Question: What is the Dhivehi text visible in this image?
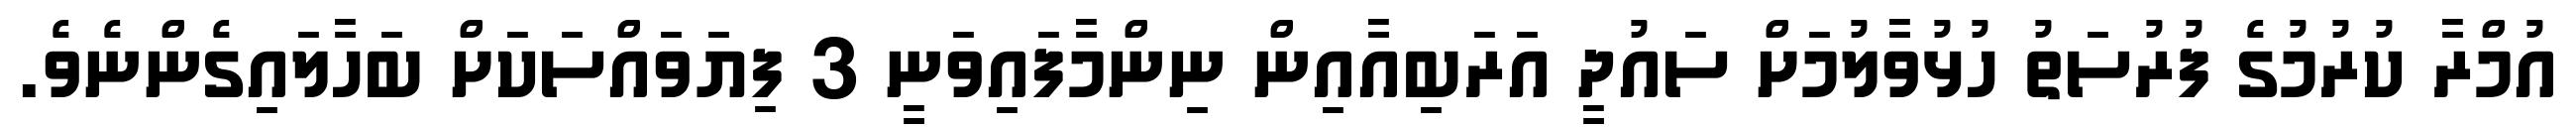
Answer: އުމްރާ ކުރުމުގެ ފުރުސަތު ހުޅުވާލުމަށް ސައުދީ އަރަބިއާއިން ނިންމާފައިވަނީ 3 ފިޔަވައްސަކަށް ބަހާލައިގެންނެވެ.